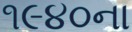
૧૯૪૦ના